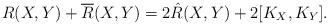
LaTeX: \begin{align*}R(X,Y)+\overline R(X,Y) =2\hat R(X,Y) +2[K_X,K_Y].\end{align*}